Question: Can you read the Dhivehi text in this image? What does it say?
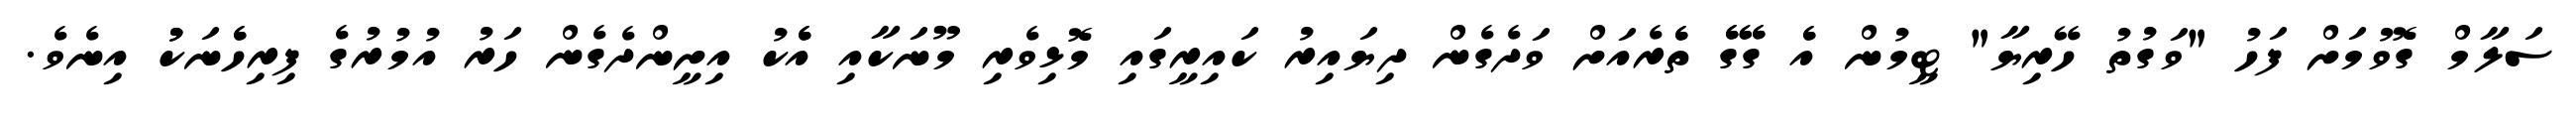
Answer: ސަލާމް ގޮވުމަށް ފަހު "ވަގުތު ހޭރިޔާ" ޓީމުން އެެ ގޭޭގެެ ތެެރެއަށް ވަދެގެން ދިޔައިރު ކައިރީގައި މޮޅިވެރި މޫނަކާއި އެެކު އިށީންދެގެން ހަރު އުމުރުގެ ފިރިހެެނަކުު އިނެވެ.